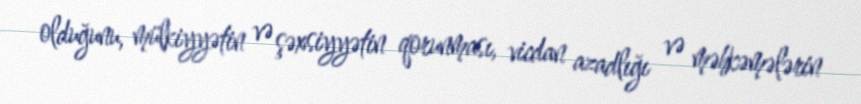
olduğunu, mülkiyyətin və şəxsiyyətin qorunması, vicdan azadlığı və məhkəmələrin